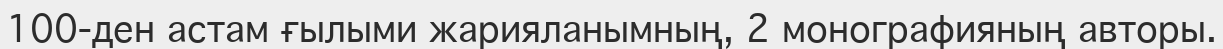
100-ден астам ғылыми жарияланымның, 2 монографияның авторы.